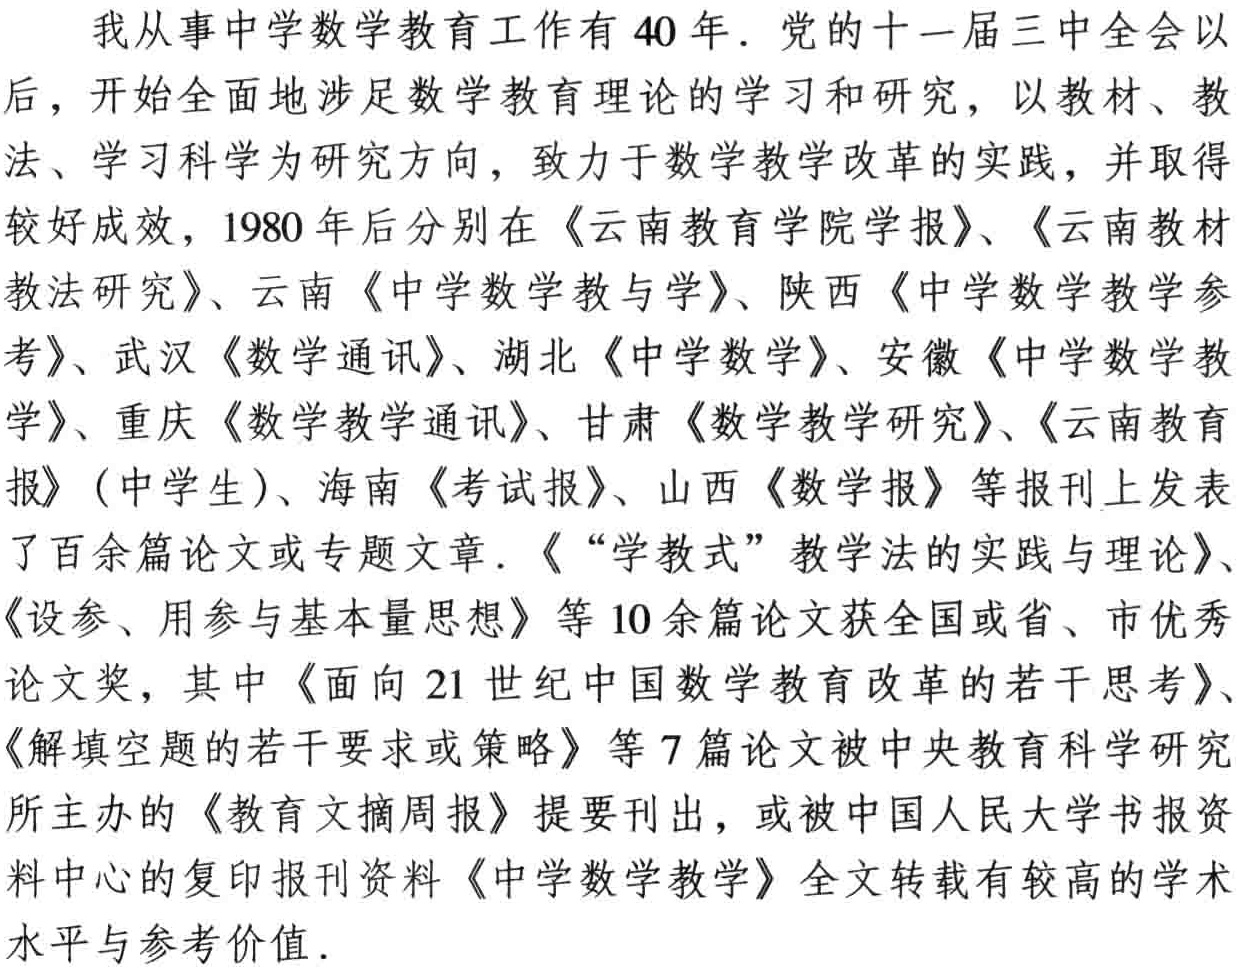
我从事中学数学教育工作有40年. 党的十一届三中全会以后，开始全面地涉足数学教育理论的学习和研究，以教材、教法、学习科学为研究方向，致力于数学教学改革的实践，并取得较好成效，1980年后分别在《云南教育学院学报》、《云南教材教法研究》、云南《中学数学教与学》、陕西《中学数学教学参考》、武汉《数学通讯》、湖北《中学数学》、安徽《中学数学教学》、重庆《数学教学通讯》、甘肃《数学教学研究》、《云南教育报》(中学生)、海南《考试报》、山西《数学报》等报刊上发表了百余篇论文或专题文章. 《“学教式”教学法的实践与理论》、《设参、用参与基本量思想》等10余篇论文获全国或省、市优秀论文奖，其中《面向21世纪中国数学教育改革的若干思考》、《解填空题的若干要求或策略》等7篇论文被中央教育科学研究所主办的《教育文摘周报》提要刊出，或被中国人民大学书报资料中心的复印报刊资料《中学数学教学》全文转载有较高的学术水平与参考价值.